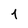
Character: 4